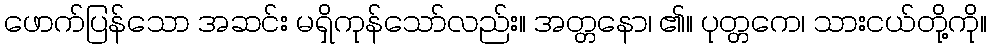
ဖောက်ပြန်သော အဆင်း မရှိကုန်သော်လည်း။ အတ္တနော၊ ၏။ ပုတ္တကေ၊ သားငယ်တို့ကို။